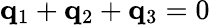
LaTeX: {\mathbf q}_{1}+{\mathbf q}_{2}+{\mathbf q}_{3}=0